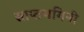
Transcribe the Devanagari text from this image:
साप्तभगिनी